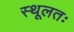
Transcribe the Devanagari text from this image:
स्थूलतः